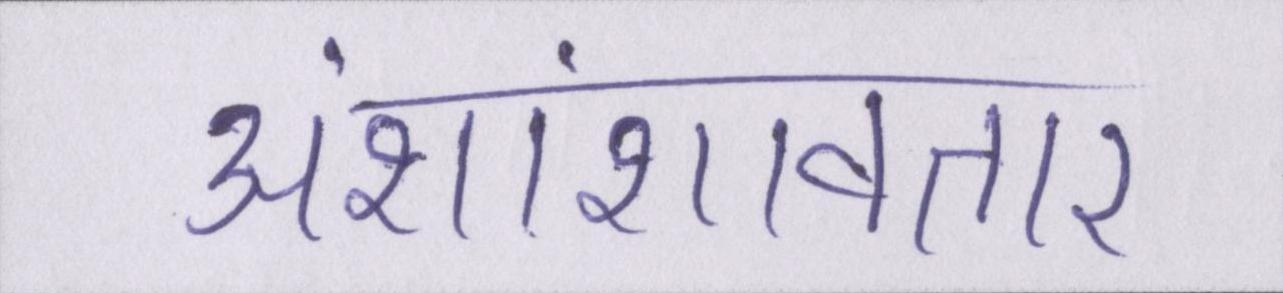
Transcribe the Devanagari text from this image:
अंशांशावतार